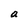
Character: a